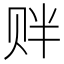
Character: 𲃁